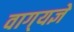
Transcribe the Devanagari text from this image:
वाग्‌यज्ञे